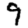
Digit: 9